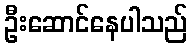
ဦးဆောင်နေပါသည်